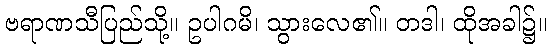
ဗရာဏသီပြည်သို့။ ဥပါဂမိ၊ သွားလေ၏။ တဒါ၊ ထိုအခါ၌။